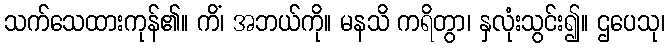
သက်သေထားကုန်၏။ ကိံ၊ အဘယ်ကို။ မနသိ ကရိတွာ၊ နှလုံးသွင်း၍။ ဌပေသု၊